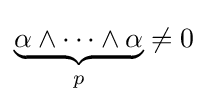
{\underset {p}{\underbrace {\alpha \wedge \cdots \wedge \alpha } }}\neq 0\